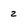
Character: 2